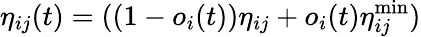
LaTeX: \eta_{ij}(t)=((1-o_{i}(t))\eta_{ij}+o_{i}(t)\eta_{ij}^{\operatorname*{min}})